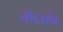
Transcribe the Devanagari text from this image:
नीदरलँड